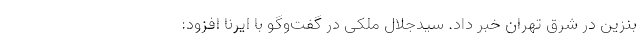
بنزین در شرق تهران خبر داد. سیدجلال ملکی در گفت‌وگو با ایرنا افزود: